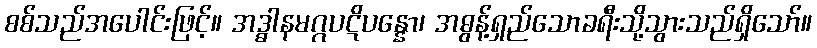
စစ်သည်အပေါင်းဖြင့်။ အဒ္ဓါနမဂ္ဂပဋိပန္နော၊ အဓွန့်ရှည်သောခရီးသို့သွားသည်ရှိသော်။